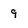
Character: 9